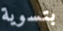
بتسوية